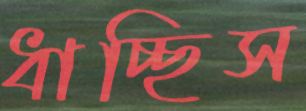
ধাচ্ছিস